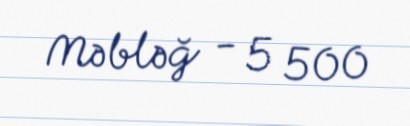
Məbləğ - 5 500